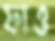
ফাও